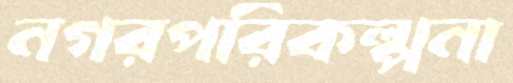
নগরপরিকল্পনা